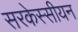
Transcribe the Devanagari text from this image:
सरकेस्सीयन